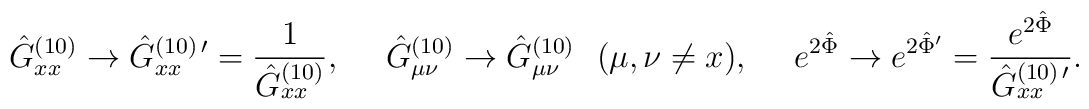
\hat{G}^{(10)}_{xx}\to \hat{G}^{(10)\,\prime}_{xx}={1\over{\hat{G}^{(10)}_{xx}}}, \ \ \ \ \hat{G}^{(10)}_{\mu\nu}\to \hat{G}^{(10)}_{\mu\nu}\ \ (\mu,\nu \neq x),\ \ \ \ e^{2\hat{\Phi}}\to e^{2\hat{\Phi}^{\prime}}={{e^{2\hat{\Phi}}}\over {\hat{G}^{(10)\,\prime}_{xx}}}.